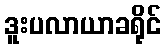
ဒူးပလာယာခရိုင်